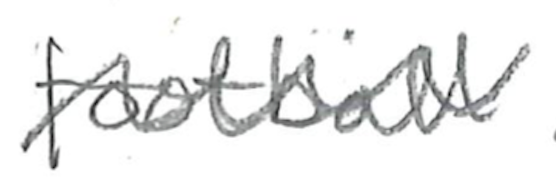
Text: football
Cross-out: wave
Writing tool: pencil